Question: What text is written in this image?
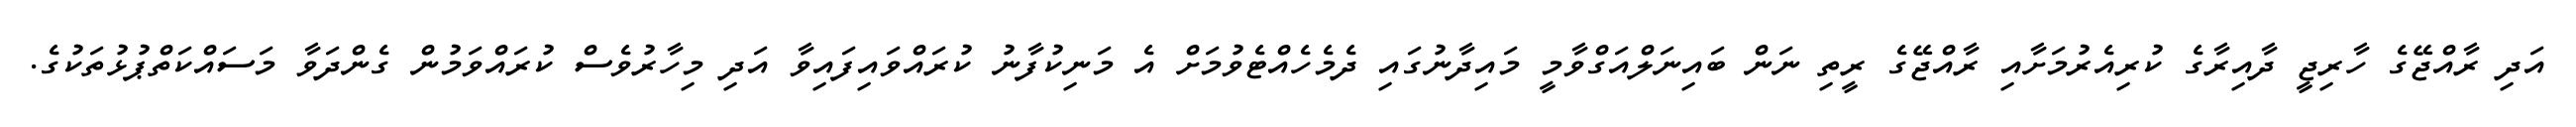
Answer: އަދި ރާއްޖޭގެ ހާރިޖީ ދާއިރާގެ ކުރިއެރުމަށާއި ރާއްޖޭގެ ރީތި ނަން ބައިނަލްއަގްވާމީ މައިދާނުގައި ދެމެހެއްޓެވުމަށް އެ މަނިކުފާނު ކުރައްވައިފައިވާ އަދި މިހާރުވެސް ކުރައްވަމުން ގެންދަވާ މަސައްކަތްޕުޅުތަކުގެ.